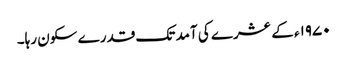
۱۹۷۰ء کے عشرے کی آمد تک قدرے سکون رہا۔